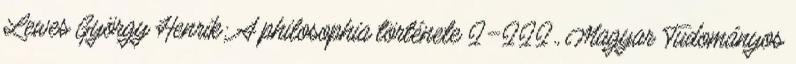
Lewes György Henrik: A philosophia története I–III., Magyar Tudományos